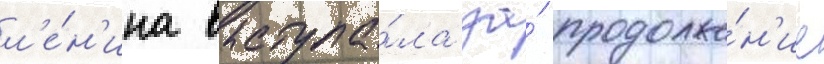
л'е́н'ина выступа́ла за́ продолже́н'ие